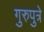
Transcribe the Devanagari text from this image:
गुरुपुत्रे